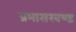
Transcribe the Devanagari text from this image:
प्रभासखण्ड